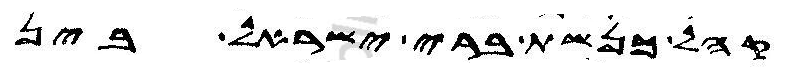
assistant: קהל כנשת ברי ישראל בין